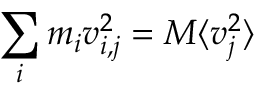
\sum _ { i } m _ { i } v _ { i , j } ^ { 2 } = M \langle v _ { j } ^ { 2 } \rangle